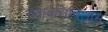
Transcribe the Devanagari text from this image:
चद्रावलिविलास